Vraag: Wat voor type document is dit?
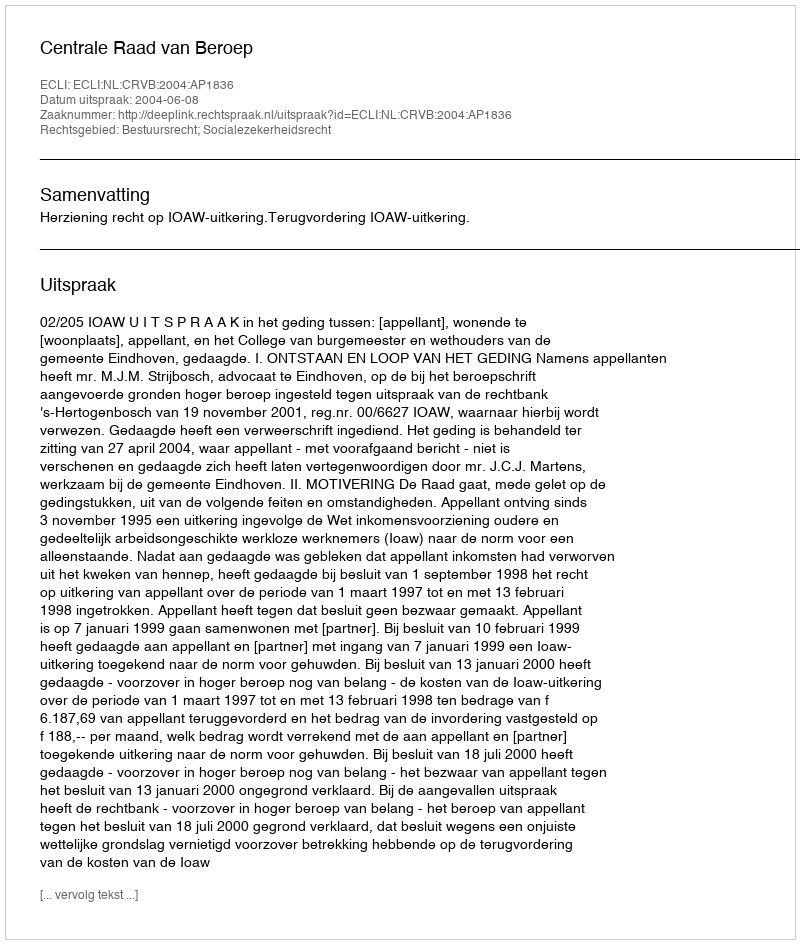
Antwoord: Uitspraak